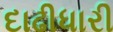
દાઢીધારી